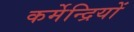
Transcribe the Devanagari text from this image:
कर्मेन्द्रियों